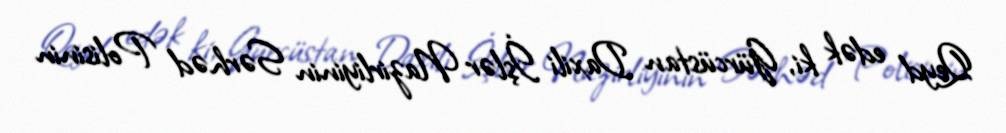
Qeyd edək ki, Gürcüstan Daxili İşlər Nazirliyinin Sərhəd Polisinin